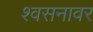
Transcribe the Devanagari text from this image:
श्वसनावर